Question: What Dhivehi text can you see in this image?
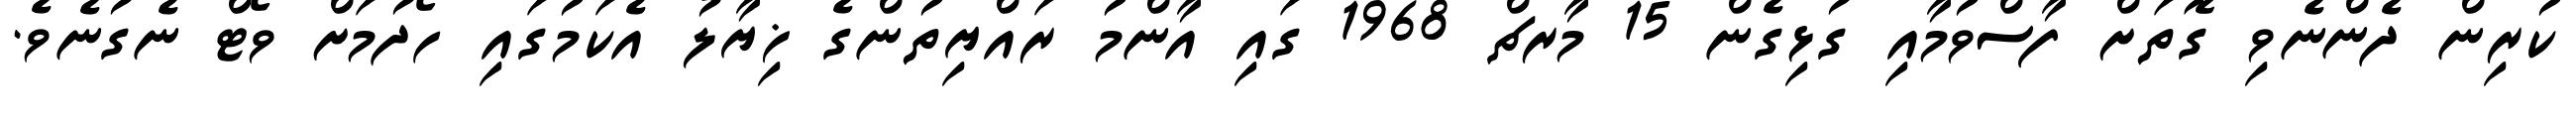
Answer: ކުރިން ދެންނެވި ގޮތަށް ފާސްވުމާއި ގުޅިގެން 15 މާރޗް 1968 ގައި އާންމު ރައްޔިތުންގެ ޚިޔާލު އެކަމުގައި ހޯދުމަށް ވޯޓް ނެގުނެވެ.